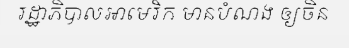
រដ្ឋាភិបាលអាមេរិក មានបំណង ឲ្យចិន